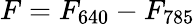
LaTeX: F=F_{640}-F_{785}